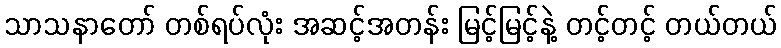
သာသနာတော် တစ်ရပ်လုံး အဆင့်အတန်း မြင့်မြင့်နဲ့ တင့်တင့် တယ်တယ်